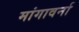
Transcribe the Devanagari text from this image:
मांगावर्ना